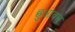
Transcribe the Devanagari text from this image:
छुओवल